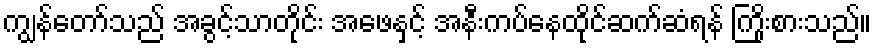
ကျွန်တော်သည် အခွင့်သာတိုင်း အဖေနှင့် အနီးကပ်နေထိုင်ဆက်ဆံရန် ကြိုးစားသည်။